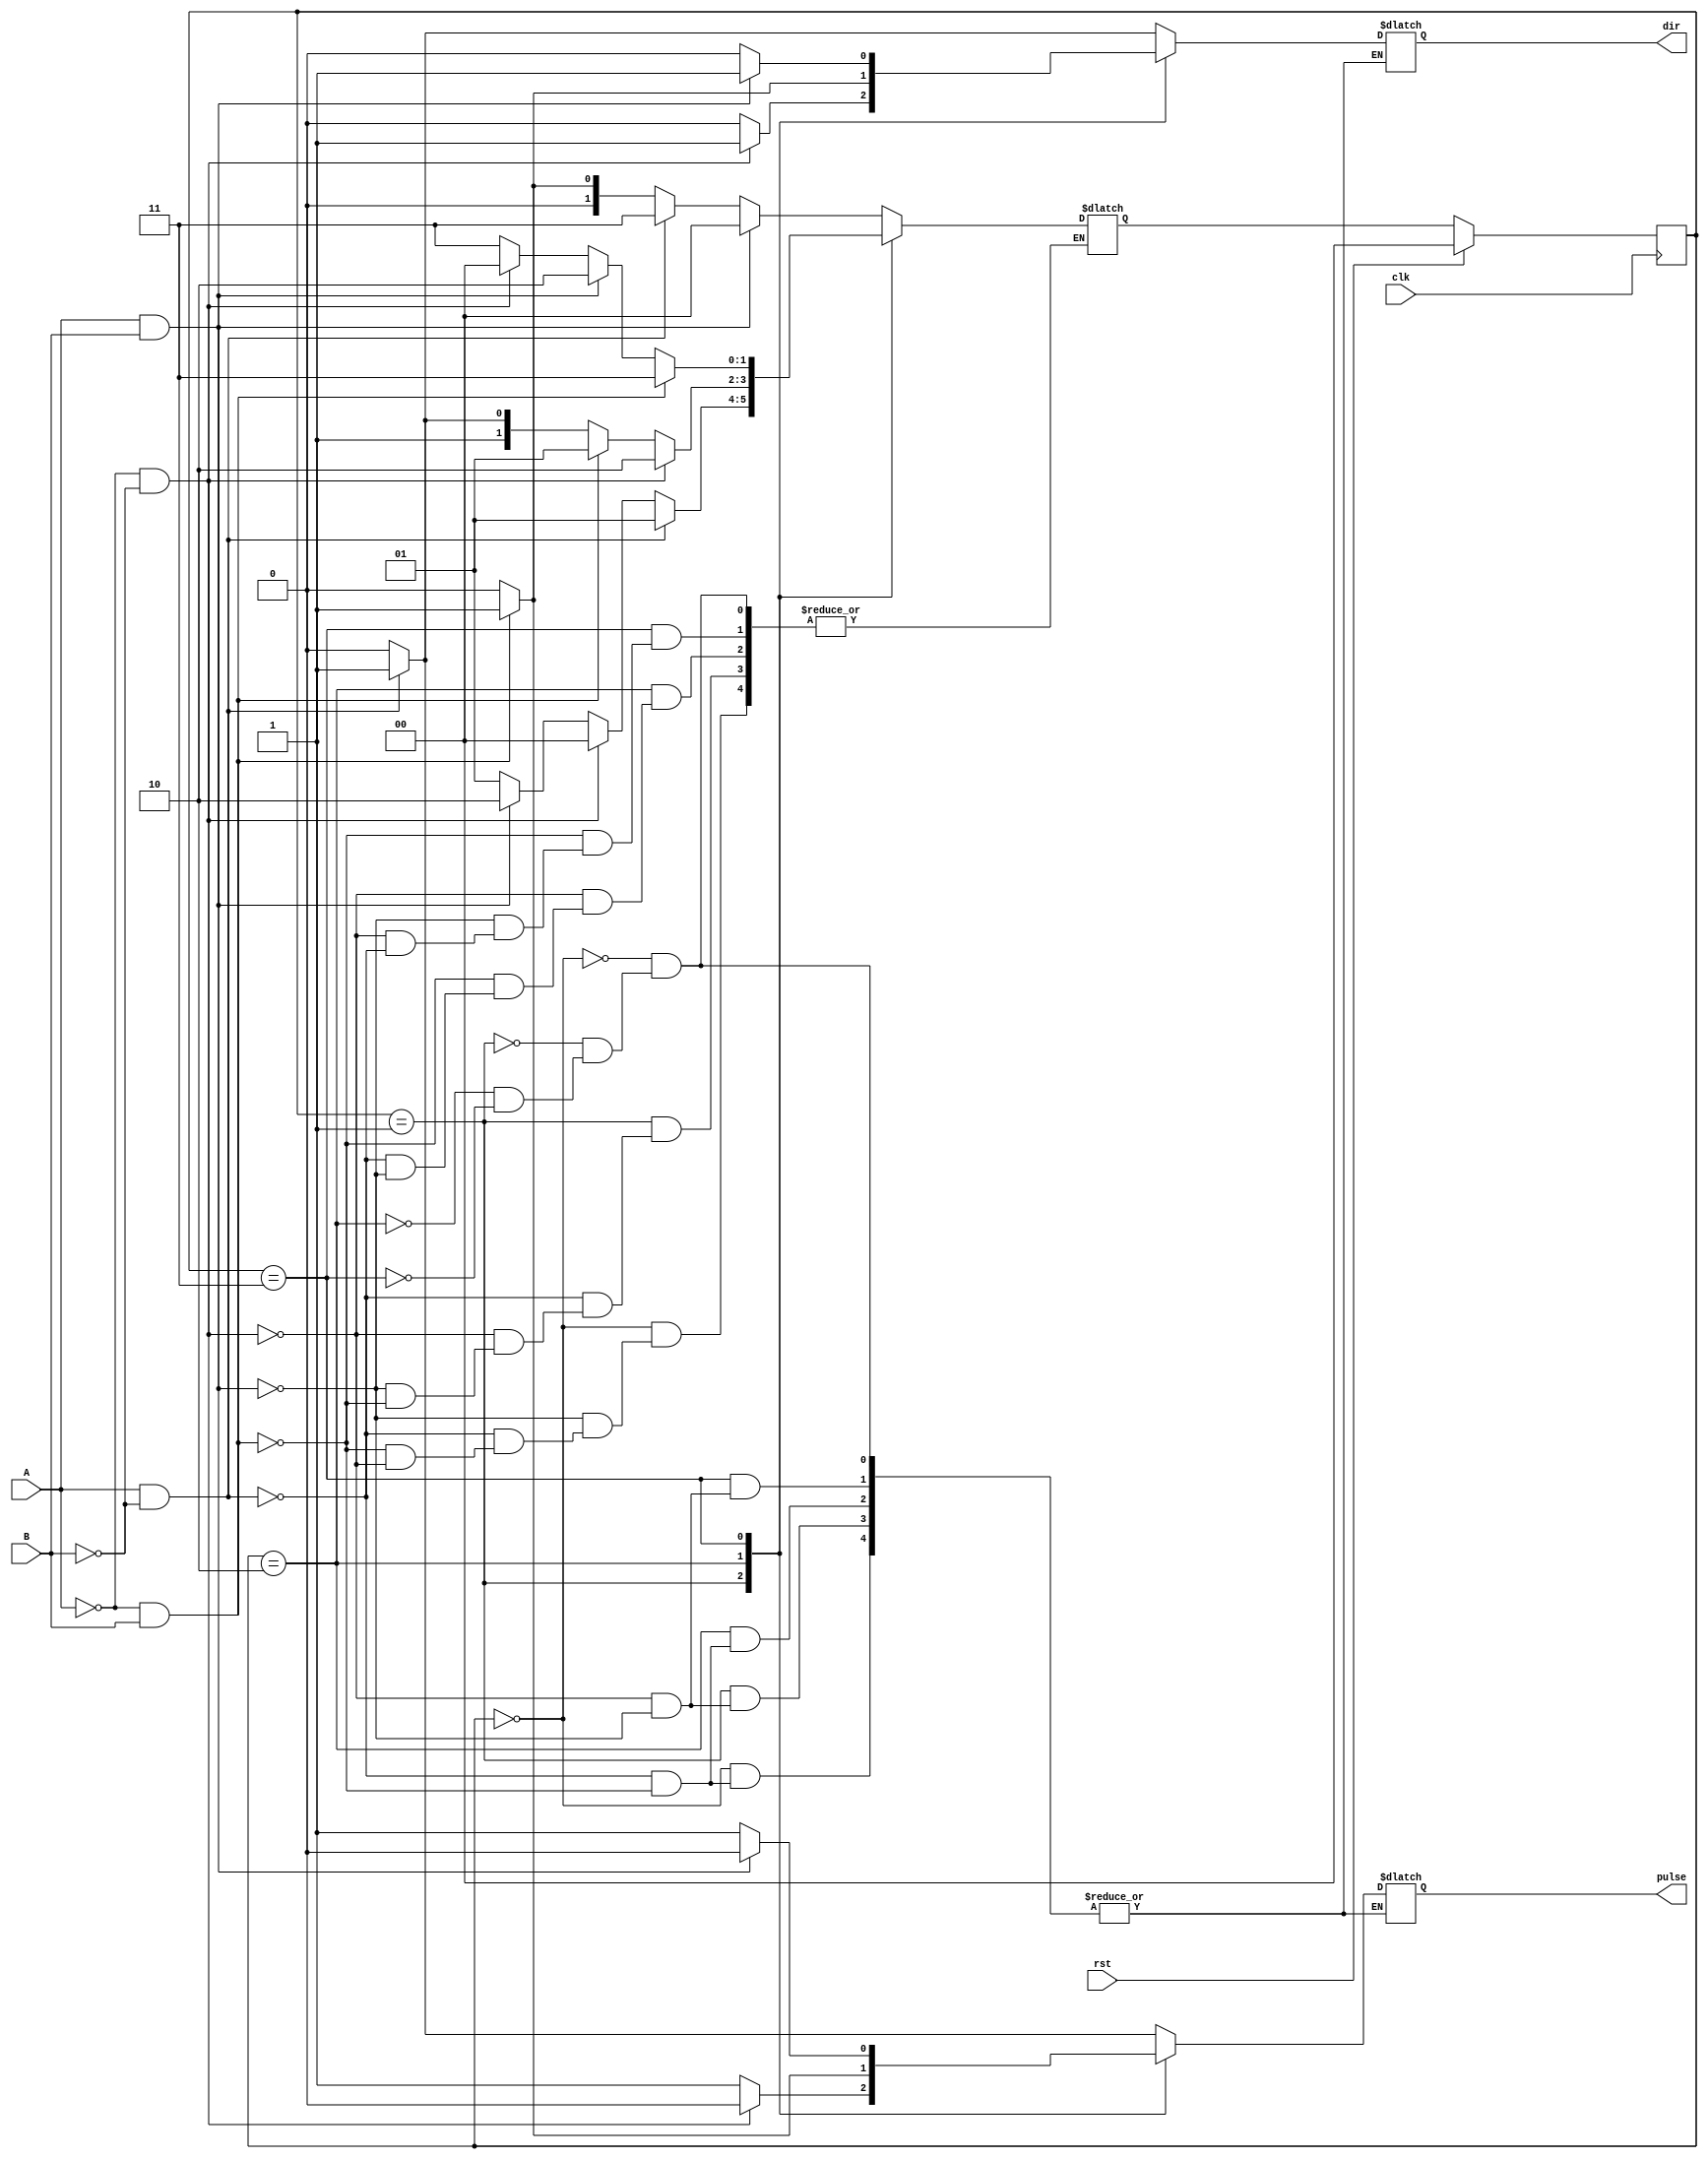
`timescale 1ns / 1ps
//////////////////////////////////////////////////////////////////////////////////
// Company: 
// Engineer: 
// 
// Design Name: 
// Module Name: Quad
// Project Name: 
// Target Devices: 
// Tool Versions: 
// Description: 
// 
// Dependencies: 
// 
// Revision:
// Revision 0.01 - File Created
// Additional Comments:
// 
//////////////////////////////////////////////////////////////////////////////////


module Quad( pulse,dir, clk, A,B,rst);
input A;
input B;
input clk, rst;
output dir;
output pulse;

reg dir, pulse;

parameter state0 = 0;
parameter state1 = 1;
parameter state2 = 2;
parameter state3 = 3;
reg [1:0] State, NextState;
//100mhz
always @(posedge clk)
begin
if (rst)
  State <= 0;
else 
  State <= NextState;
end

always @(A,B,rst,NextState)
begin
   case(State)
   state0: begin
             if(A == 0 && B == 0) begin NextState <= state0; end
               if(A == 0 && B == 1) begin NextState <= state1; pulse <= 0; dir <= 0; end
               if(A == 1 && B == 0) begin NextState <= state3; pulse <= 1; dir <= 1; end
             if(A == 1 && B == 1) begin NextState <= state0; end
          end
   state1: begin 
             if(A == 0 && B == 1) begin NextState <= state1; end
               if( A == 1 && B == 1) begin NextState <= state2; pulse<= 1; dir <= 0; end
               if(A == 0 && B == 0) begin NextState <= state0; pulse <= 0; dir <= 1; end
             if(A == 1 && B == 0) begin NextState <= state1; end
           end
   state2: begin
             if(A == 1 && B ==1) begin NextState <= state2; end
               if(A == 1 && B == 0) begin NextState <= state3; pulse<= 0; dir <= 0; end
               if(A == 0 && B == 1) begin NextState <= state1; pulse <= 1; dir <= 1; end
             if(A == 0 && B ==0) begin NextState <= state2; end
           end
   state3: begin
             if(A == 1 && B == 0) begin NextState<= state3; end
               if(A == 0 && B ==0) begin NextState <= state0; pulse<=1; dir <= 0; end
               if(A == 1 && B ==1) begin NextState<= state2; pulse <= 0; dir <= 1; end
             if(A == 0 && B == 1) begin NextState<= state3; end
           end
    default: begin
               NextState <= state0;
             end
   endcase
   
end
endmodule